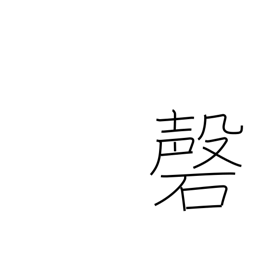
Meaning: upside-V-shaped gong